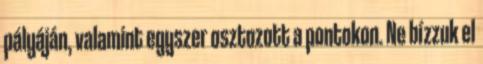
pályáján, valamint egyszer osztozott a pontokon. Ne bízzuk el